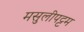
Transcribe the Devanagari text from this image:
मसुलीपट्टम